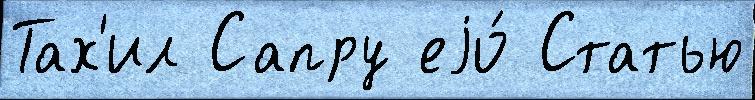
Тах'ил Сапру еjо́ Статью